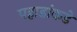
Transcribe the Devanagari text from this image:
पहाडांकडे